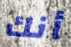
أنك